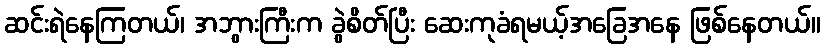
ဆင်းရဲနေကြတယ်၊ အဘွားကြီးက ခွဲစိတ်ပြီး ဆေးကုခံရမယ့်အခြေအနေ ဖြစ်နေတယ်။